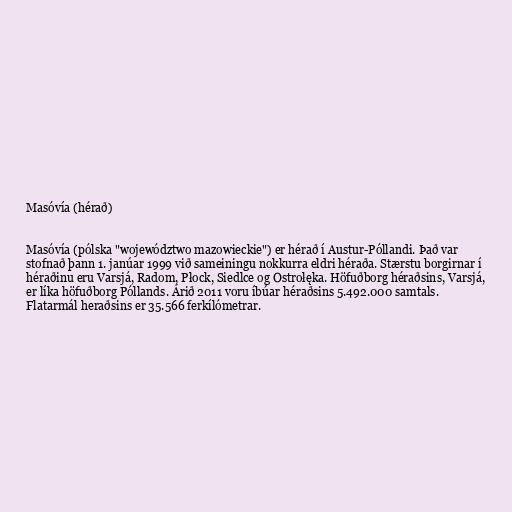
Masóvía (hérað)

Masóvía (pólska "województwo mazowieckie") er hérað í Austur-Póllandi. Það var
stofnað þann 1. janúar 1999 við sameiningu nokkurra eldri héraða. Stærstu borgirnar í
héraðinu eru Varsjá, Radom, Płock, Siedlce og Ostrołęka. Höfuðborg héraðsins, Varsjá,
er líka höfuðborg Póllands. Árið 2011 voru íbúar héraðsins 5.492.000 samtals.
Flatarmál heraðsins er 35.566 ferkílómetrar.